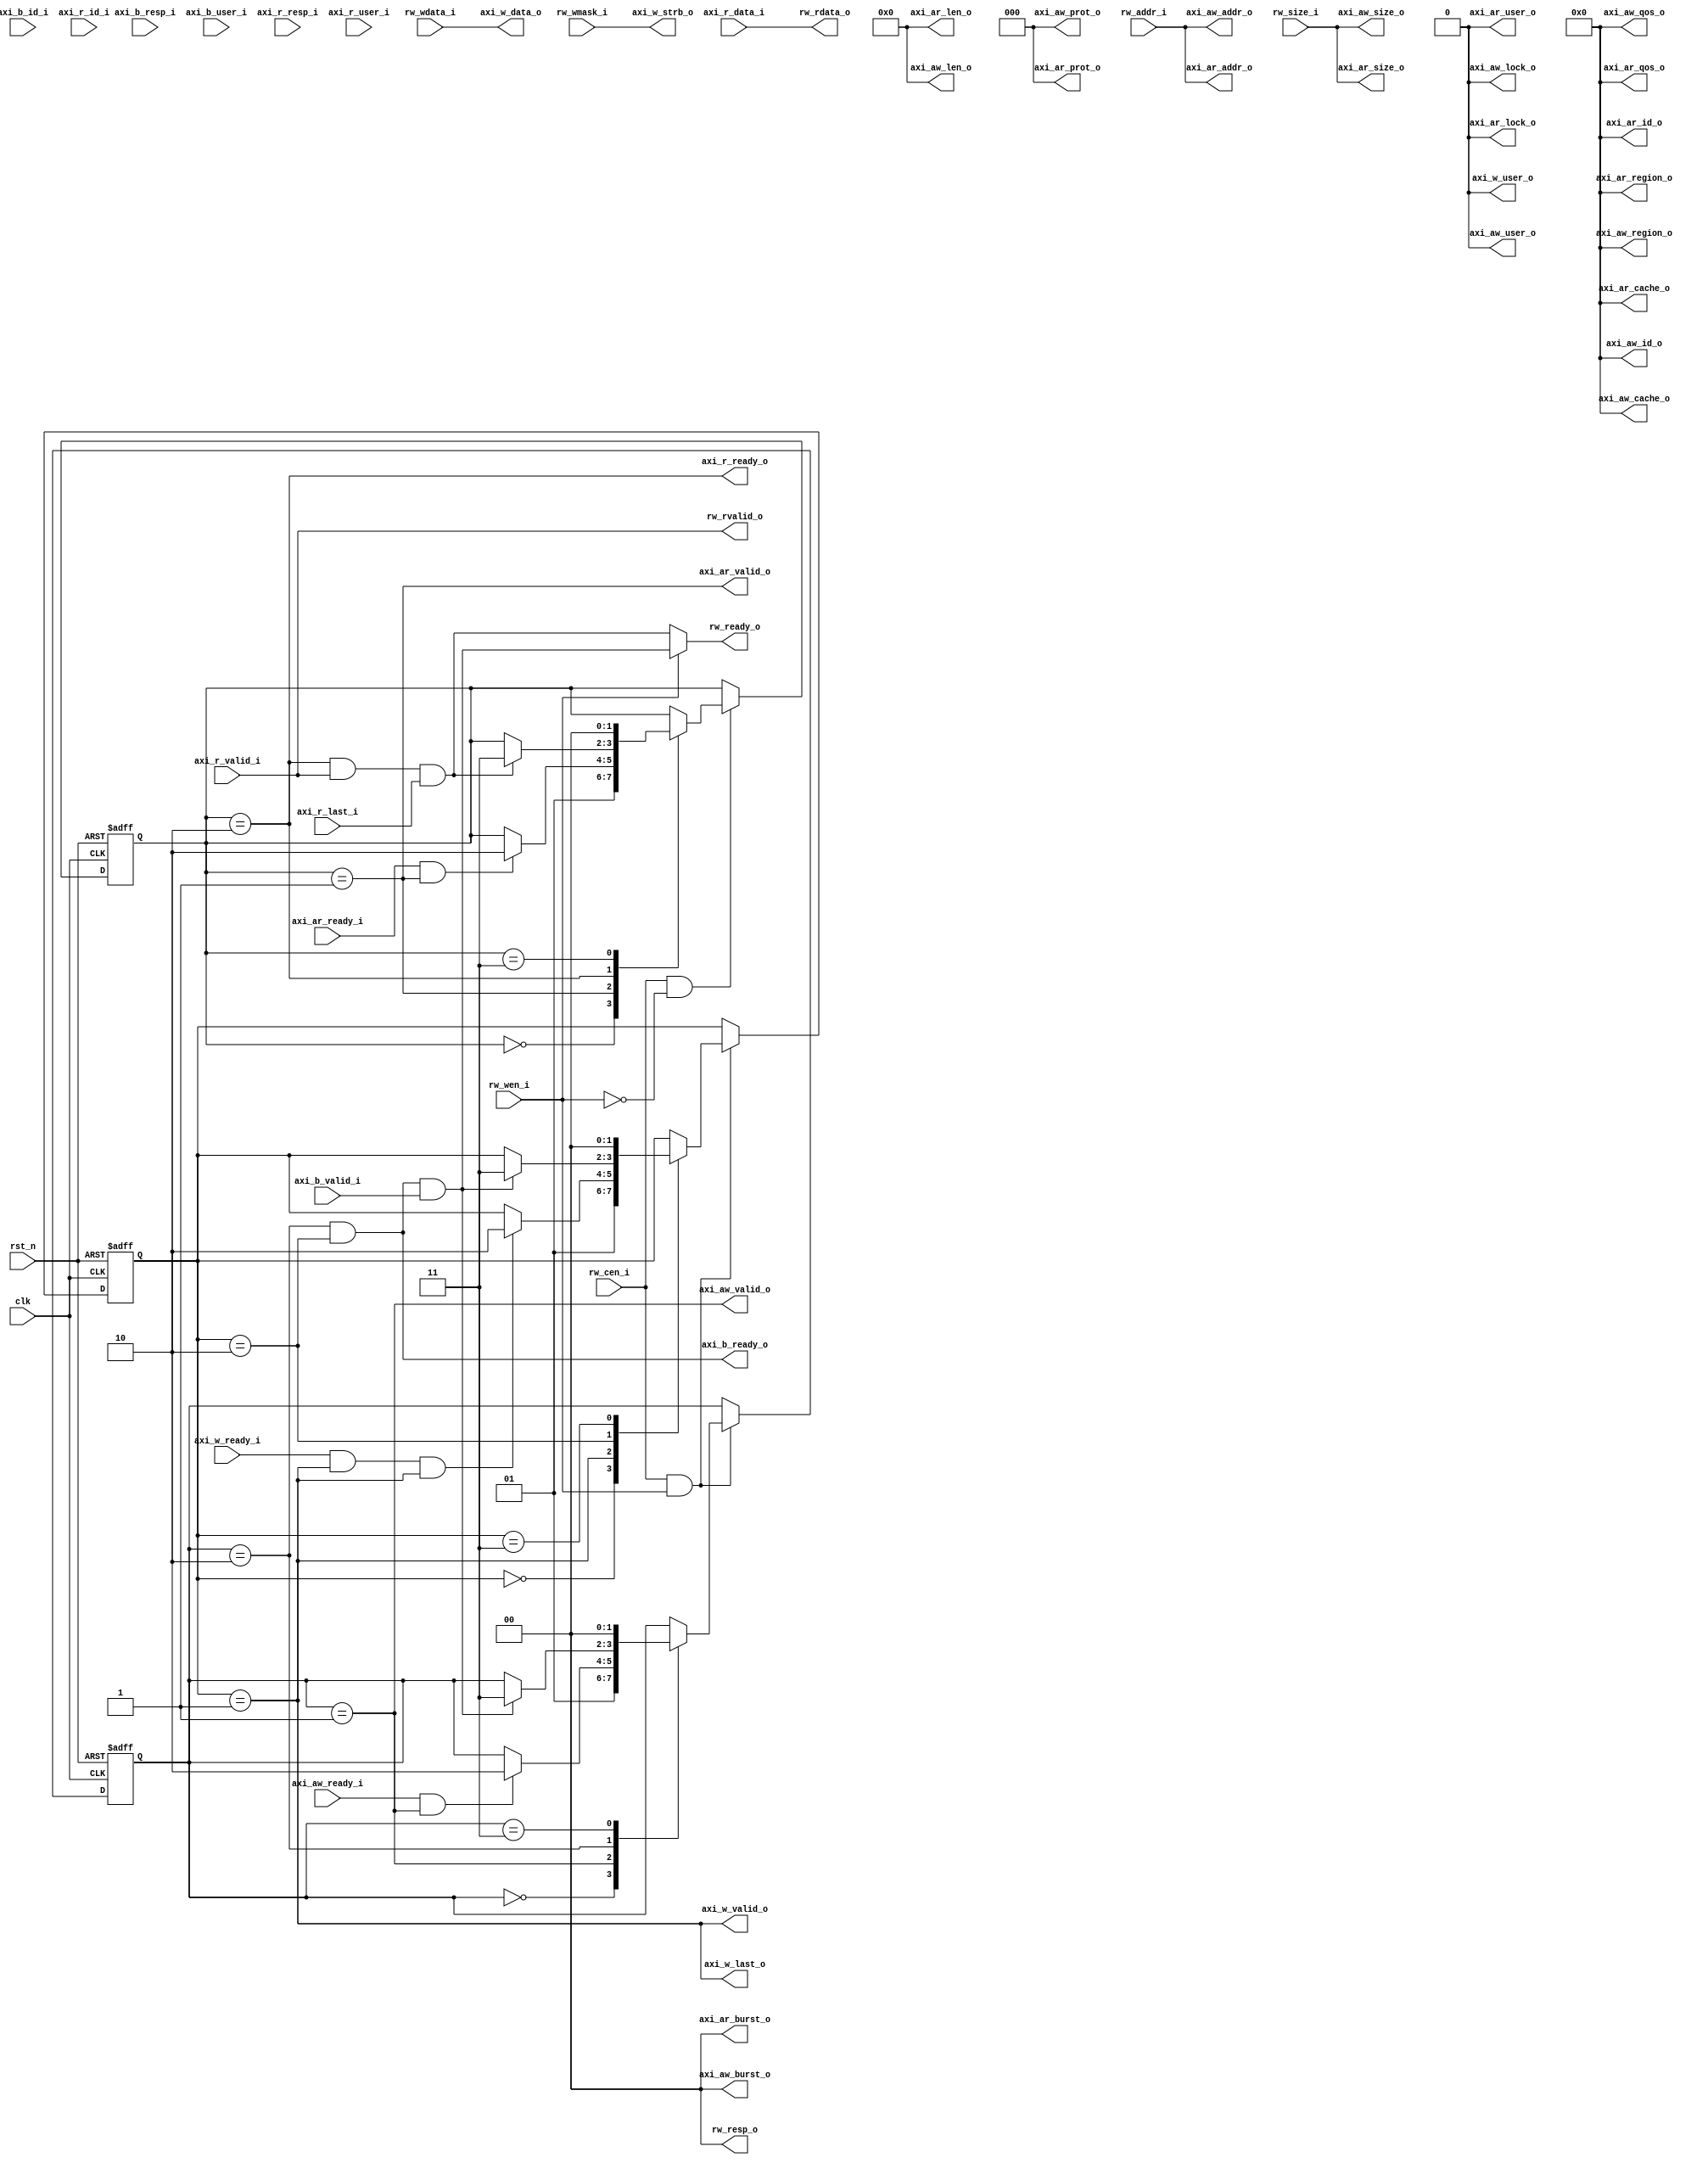
module axi_master_mem # (
  parameter RW_DATA_WIDTH     = 64,
  parameter RW_ADDR_WIDTH     = 64,
  parameter AXI_DATA_WIDTH    = 64,
  parameter AXI_ADDR_WIDTH    = 64,
  parameter AXI_ID_WIDTH      = 4,
  parameter AXI_USER_WIDTH    = 1
)(
  input                               clk,
  input                               rst_n,

  // mem port
  input                               rw_cen_i,
  input                               rw_wen_i,
  input  [RW_ADDR_WIDTH-1:0]          rw_addr_i,
  input  [2:0]                        rw_size_i,
  input  [RW_DATA_WIDTH-1:0]          rw_wdata_i,
  input  [AXI_DATA_WIDTH/8-1:0]       rw_wmask_i,
  output                              rw_ready_o,
  output [RW_DATA_WIDTH-1:0]          rw_rdata_o,
  output                              rw_rvalid_o,
  output [1:0]                        rw_resp_o,

  //------------AXI port-------------------------
  // write address channel
  output [AXI_ID_WIDTH-1:0]           axi_aw_id_o,
  output [AXI_ADDR_WIDTH-1:0]         axi_aw_addr_o,
  output [7:0]                        axi_aw_len_o,
  output [2:0]                        axi_aw_size_o,
  output [1:0]                        axi_aw_burst_o,
  output                              axi_aw_lock_o,
  output [3:0]                        axi_aw_cache_o,
  output [2:0]                        axi_aw_prot_o,
  output [3:0]                        axi_aw_qos_o,
  output [3:0]                        axi_aw_region_o,
  output [AXI_USER_WIDTH-1:0]         axi_aw_user_o,
  output                              axi_aw_valid_o,
  input                               axi_aw_ready_i,

  // write data channel
  input                               axi_w_ready_i,
  output                              axi_w_valid_o,
  output [AXI_DATA_WIDTH-1:0]         axi_w_data_o,
  output [AXI_DATA_WIDTH/8-1:0]       axi_w_strb_o,
  output                              axi_w_last_o,
  output [AXI_USER_WIDTH-1:0]         axi_w_user_o,

  // write response channel
  output                              axi_b_ready_o,
  input                               axi_b_valid_i,
  input  [1:0]                        axi_b_resp_i,
  input  [AXI_ID_WIDTH-1:0]           axi_b_id_i,
  input  [AXI_USER_WIDTH-1:0]         axi_b_user_i,

  // read address channel
  input                               axi_ar_ready_i,
  output                              axi_ar_valid_o,
  output [AXI_ADDR_WIDTH-1:0]         axi_ar_addr_o,
  output [2:0]                        axi_ar_prot_o,
  output [AXI_ID_WIDTH-1:0]           axi_ar_id_o,
  output [AXI_USER_WIDTH-1:0]         axi_ar_user_o,
  output [7:0]                        axi_ar_len_o,
  output [2:0]                        axi_ar_size_o,
  output [1:0]                        axi_ar_burst_o,
  output                              axi_ar_lock_o,
  output [3:0]                        axi_ar_cache_o,
  output [3:0]                        axi_ar_qos_o,
  output [3:0]                        axi_ar_region_o,

  // read data channel
  output                              axi_r_ready_o,
  input                               axi_r_valid_i,
  input  [1:0]                        axi_r_resp_i,
  input  [AXI_DATA_WIDTH-1:0]         axi_r_data_i,
  input                               axi_r_last_i,
  input  [AXI_ID_WIDTH-1:0]           axi_r_id_i,
  input  [AXI_USER_WIDTH-1:0]         axi_r_user_i
);

assign axi_ar_region_o = 4'd0;

wire w_trans    = rw_wen_i;
wire r_trans    = ~rw_wen_i;
wire w_valid    = rw_cen_i & w_trans;
wire r_valid    = rw_cen_i & r_trans;

// handshake
wire aw_hs      = axi_aw_ready_i & axi_aw_valid_o;
wire w_hs       = axi_w_ready_i  & axi_w_valid_o;
wire b_hs       = axi_b_ready_o  & axi_b_valid_i;
wire ar_hs      = axi_ar_ready_i & axi_ar_valid_o;
wire r_hs       = axi_r_ready_o  & axi_r_valid_i;

wire w_done     = w_hs & axi_w_last_o;
wire r_done     = r_hs & axi_r_last_i;
wire trans_done = w_trans ? b_hs : r_done;


// ------------------State Machine------------------
localparam [1:0] AW_STATE_IDLE  = 2'b00;
localparam [1:0] AW_STATE_ADDR  = 2'b01;
localparam [1:0] AW_STATE_RESP  = 2'b10;
localparam [1:0] AW_STATE_DONE  = 2'b11;

localparam [1:0] W_STATE_IDLE  = 2'b00;
localparam [1:0] W_STATE_WRITE = 2'b01;
localparam [1:0] W_STATE_RESP  = 2'b10;
localparam [1:0] W_STATE_DONE  = 2'b11;

localparam [1:0] R_STATE_IDLE  = 2'b00;
localparam [1:0] R_STATE_ADDR  = 2'b01;
localparam [1:0] R_STATE_READ  = 2'b10;
localparam [1:0] R_STATE_DONE  = 2'b11;

reg [1:0] aw_state;
reg [1:0] w_state;
reg [1:0] r_state;

wire aw_state_idle  = aw_state == AW_STATE_IDLE;
wire aw_state_addr  = aw_state == AW_STATE_ADDR;
wire aw_state_resp  = aw_state == AW_STATE_RESP;
wire aw_state_done  = aw_state == AW_STATE_DONE;

wire w_state_idle  = w_state == W_STATE_IDLE;
wire w_state_write = w_state == W_STATE_WRITE;
wire w_state_resp  = w_state == W_STATE_RESP;
wire w_state_done  = w_state == W_STATE_DONE;

wire r_state_idle  = r_state == R_STATE_IDLE;
wire r_state_addr  = r_state == R_STATE_ADDR;
wire r_state_read  = r_state == R_STATE_READ;
wire r_state_done  = r_state == R_STATE_DONE;

// ------------ Wirte State Machine (AW)--------------
always @(posedge clk or negedge rst_n) begin
  if (~rst_n) begin
    aw_state <= AW_STATE_IDLE;
  end
  else begin
    if (w_valid) begin
      case (aw_state)
        AW_STATE_IDLE:               aw_state <= AW_STATE_ADDR;
        AW_STATE_ADDR:  if (aw_hs)   aw_state <= AW_STATE_RESP;
        AW_STATE_RESP:  if (b_hs)    aw_state <= AW_STATE_DONE;
        AW_STATE_DONE:               aw_state <= AW_STATE_IDLE;
        default     :                aw_state <= aw_state;
      endcase
    end
  end
end

// ------------ Wirte State Machine (W)--------------
always @(posedge clk or negedge rst_n) begin
  if (~rst_n) begin
    w_state <= W_STATE_IDLE;
  end
  else begin
    if (w_valid) begin
      case (w_state)
        W_STATE_IDLE:               w_state <= W_STATE_WRITE;
        W_STATE_WRITE: if (w_done)  w_state <= W_STATE_RESP;
        W_STATE_RESP:  if (b_hs)    w_state <= W_STATE_DONE;
        W_STATE_DONE:               w_state <= W_STATE_IDLE;
        default     :               w_state <= w_state;
      endcase
    end
  end
end

// ----------------- Read State Machine ----------------
always @(posedge clk or negedge rst_n) begin
  if (~rst_n) begin
    r_state <= R_STATE_IDLE;
  end
  else begin
    if (r_valid) begin
      case (r_state)
        R_STATE_IDLE:               r_state <= R_STATE_ADDR;
        R_STATE_ADDR: if (ar_hs)    r_state <= R_STATE_READ;
        R_STATE_READ: if (r_done)   r_state <= R_STATE_DONE;
        R_STATE_DONE:               r_state <= R_STATE_IDLE;
        default     :               r_state <= r_state;
      endcase
    end
  end
end




// ------------------Write Transaction------------------
// Write address channel signals
wire [AXI_ID_WIDTH-1:0]   axi_id   = {AXI_ID_WIDTH{1'b0}};
wire [AXI_USER_WIDTH-1:0] axi_user = {AXI_USER_WIDTH{1'b0}};
assign axi_aw_id_o      = axi_id;
assign axi_aw_addr_o    = rw_addr_i;
assign axi_aw_len_o     = 8'd0;
assign axi_aw_size_o    = rw_size_i;
assign axi_aw_burst_o   = 2'b0;
assign axi_aw_lock_o    = 1'b0;
assign axi_aw_cache_o   = 'b0;
assign axi_aw_prot_o    = 3'b0;
assign axi_aw_qos_o     = 4'h0;
assign axi_aw_region_o  = 4'h0;
assign axi_aw_user_o    = axi_user;
assign axi_aw_valid_o   = aw_state_addr;

// Write data channel signals
assign axi_w_valid_o    = w_state_write;
assign axi_w_data_o     = rw_wdata_i;
assign axi_w_strb_o     = rw_wmask_i;
assign axi_w_last_o     = w_state_write;
assign axi_w_user_o     = axi_user;

// Write resp channel signals
assign axi_b_ready_o    = aw_state_resp && w_state_resp;


// ------------------Read Transaction------------------
// Read address channel signals
assign axi_ar_valid_o   = r_state_addr;
assign axi_ar_addr_o    = rw_addr_i;
assign axi_ar_prot_o    = 3'b0;
assign axi_ar_id_o      = axi_id;
assign axi_ar_user_o    = axi_user;
assign axi_ar_len_o     = 8'd0;
assign axi_ar_size_o    = rw_size_i;
assign axi_ar_burst_o   = 2'b0;
assign axi_ar_lock_o    = 1'b0;
assign axi_ar_cache_o   = 4'b0;
assign axi_ar_qos_o     = 4'h0;

// Read data channel signals
assign axi_r_ready_o    = r_state_read;


// ------------------User Ports------------------
assign rw_rdata_o = axi_r_data_i;
assign rw_rvalid_o= axi_r_valid_i;

assign rw_ready_o = trans_done;

assign rw_resp_o = 2'b00;


endmodule